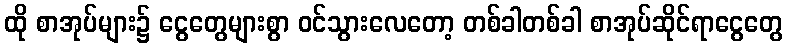
ထို စာအုပ်များ၌ ငွေတွေများစွာ ဝင်သွားလေတော့ တစ်ခါတစ်ခါ စာအုပ်ဆိုင်ရာငွေတွေ